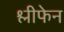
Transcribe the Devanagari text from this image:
श्लीफेन